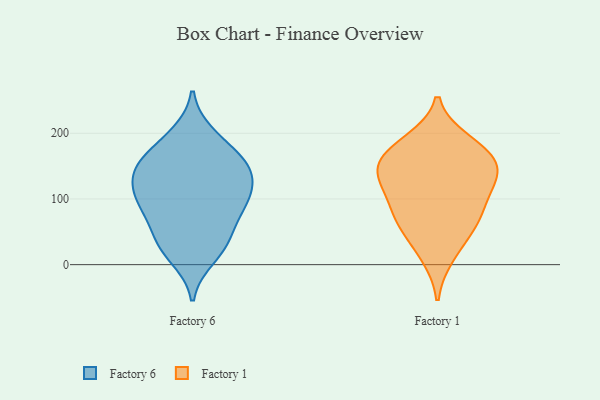
{"axis": {"x": "Temperature (°C)", "y": "Value"}, "legend": ["Factory 1", "Factory 6"], "data": [{"x": "", "y": 110, "type": "Factory 6"}, {"x": "", "y": 152, "type": "Factory 6"}, {"x": "", "y": 198, "type": "Factory 6"}, {"x": "", "y": 35, "type": "Factory 6"}, {"x": "", "y": 85, "type": "Factory 6"}, {"x": "", "y": 97, "type": "Factory 6"}, {"x": "", "y": 149, "type": "Factory 6"}, {"x": "", "y": 190, "type": "Factory 6"}, {"x": "", "y": 150, "type": "Factory 6"}, {"x": "", "y": 162, "type": "Factory 6"}, {"x": "", "y": 145, "type": "Factory 6"}, {"x": "", "y": 57, "type": "Factory 6"}, {"x": "", "y": 110, "type": "Factory 6"}, {"x": "", "y": 101, "type": "Factory 6"}, {"x": "", "y": 11, "type": "Factory 6"}, {"x": "", "y": 136, "type": "Factory 6"}, {"x": "", "y": 22, "type": "Factory 6"}, {"x": "", "y": 87, "type": "Factory 6"}, {"x": "", "y": 40, "type": "Factory 6"}, {"x": "", "y": 142, "type": "Factory 1"}, {"x": "", "y": 135, "type": "Factory 1"}, {"x": "", "y": 118, "type": "Factory 1"}, {"x": "", "y": 75, "type": "Factory 1"}, {"x": "", "y": 187, "type": "Factory 1"}, {"x": "", "y": 171, "type": "Factory 1"}, {"x": "", "y": 83, "type": "Factory 1"}, {"x": "", "y": 175, "type": "Factory 1"}, {"x": "", "y": 46, "type": "Factory 1"}, {"x": "", "y": 14, "type": "Factory 1"}, {"x": "", "y": 130, "type": "Factory 1"}, {"x": "", "y": 154, "type": "Factory 1"}, {"x": "", "y": 72, "type": "Factory 1"}]}